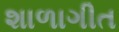
શાળાગીત